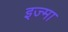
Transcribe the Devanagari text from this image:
इज्मा